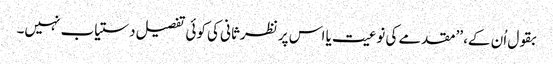
بقول اُن کے، ’’مقدمے کی نوعیت یا اس پر نظرثانی کی کوئی تفصیل دستیاب نہیں۔